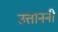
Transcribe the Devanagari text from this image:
उत्ताननी